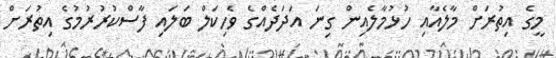
މީގެ އިތުރަށް މާލެއާއި ހުޅުމާލެއިން ގިނަ އަދަދެއްގެ ވެހިކަލް ބަލައި ފާސްކުރުރުމުގެ އިތުރަށް